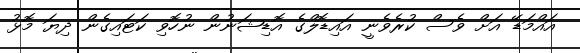
އައްމަޑޭ އަށް ވެސް ކުރެވެނީ އައިޑޮލްގެ އޮޑިޝަނުން ނުހޮވި ކަޓައިގެން ދިޔަ މޮޅު